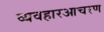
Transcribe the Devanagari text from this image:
व्यवहारआचरण